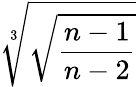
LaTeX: \sqrt[3]{\sqrt{\frac{n-1}{n-2}}}